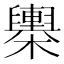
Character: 𣟰